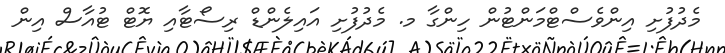
މެދުފުށި އިންވެސްޓްމަންޓުން ހިންގާ މ. މެދުފުށި އައިލެންޑް ރިސޯޓާއި ޔޮޓް ޓުއާސް އިން